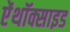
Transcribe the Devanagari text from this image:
ऐंथॉक्साइड